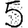
Digit: 5